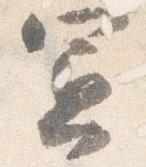
憲